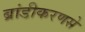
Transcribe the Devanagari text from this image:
ब्रांडीकरणसे